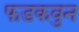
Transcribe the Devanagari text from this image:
फडकवुन